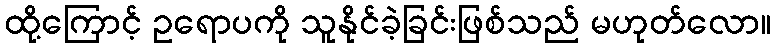
ထို့ကြောင့် ဥရောပကို သူနိုင်ခဲ့ခြင်းဖြစ်သည် မဟုတ်လော။